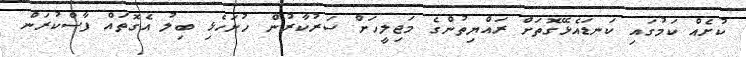
ކުށެއް ކަމުގައި ކަނޑައެޅޭގޮތަށް ރައްޔިތުންގެ މަޖިލީހަށް ސަރުކާރުން ހުށަހެޅި ބިލު އެގޮތައް ފާސްކުރަން